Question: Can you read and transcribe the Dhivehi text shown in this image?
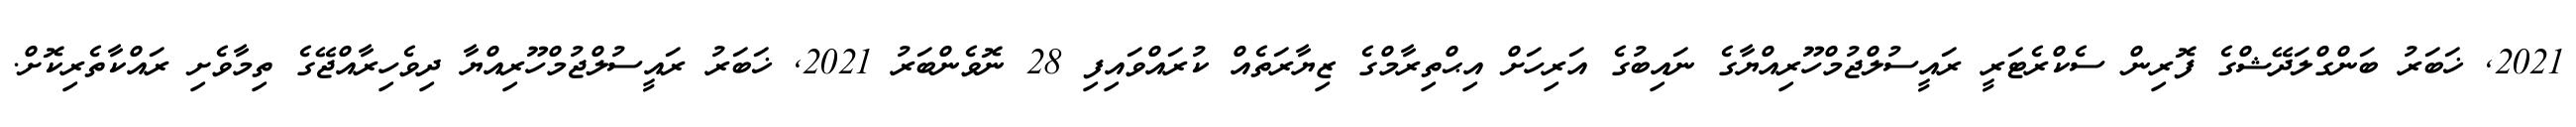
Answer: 2021, ޚަބަރު ބަންގްލަދޭޝްގެ ފޮރިން ސެކްރެޓަރީ ރައީސުލްޖުމްހޫރިއްޔާގެ ނައިބުގެ އަރިހަށް އިޙްތިރާމްގެ ޒިޔާރަތެއް ކުރައްވައިފި 28 ނޮވެންބަރު 2021, ޚަބަރު ރައީސުލްޖުމްހޫރިއްޔާ ދިވެހިރާއްޖޭގެ ތިމާވެށި ރައްކާތެރިކޮށް.